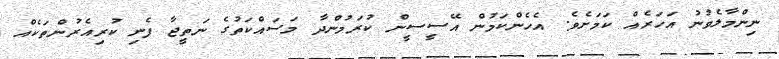
ނިންމާލެވުނު އަހަރެއް ކަމަށެވެ. އެހެންކަމުން އޭސީސީން ކުރަމުންދާ މަސައްކަތުގެ ނަތީޖާ ފެނި ކުރިއެރުންތަކެއް